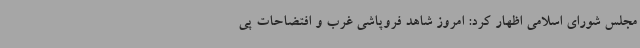
مجلس شورای اسلامی اظهار کرد: امروز شاهد فروپاشی غرب و افتضاحات پی